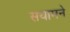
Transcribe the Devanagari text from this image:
सयामने